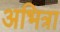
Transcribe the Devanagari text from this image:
अभित्रा